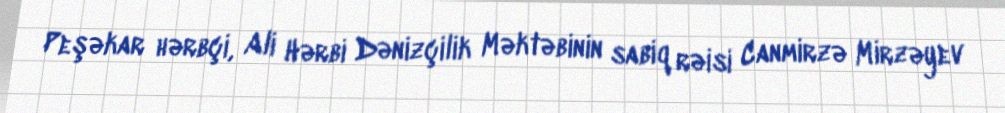
Peşəkar hərbçi, Ali Hərbi Dənizçilik Məktəbinin sabiq rəisi Canmirzə Mirzəyev